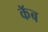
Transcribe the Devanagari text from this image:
कॅब